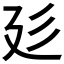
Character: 𢌘